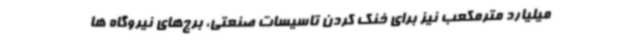
میلیارد مترمکعب نیز برای خنک کردن تاسیسات صنعتی، برج‌های نیروگاه ها